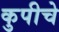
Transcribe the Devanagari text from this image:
कुपीचे